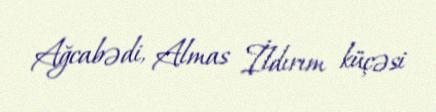
Ağcabədi, Almas İldırım küçəsi